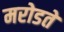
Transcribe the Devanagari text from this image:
मरोडते